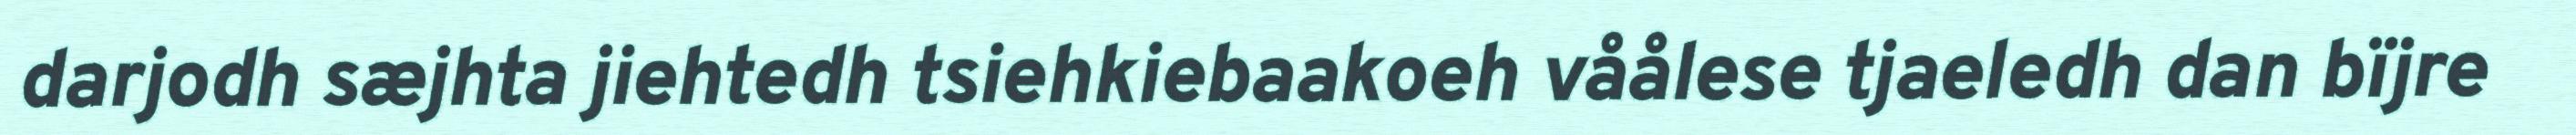
darjodh sæjhta jiehtedh tsiehkiebaakoeh våålese tjaeledh dan bïjre